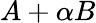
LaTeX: A+\alpha B